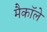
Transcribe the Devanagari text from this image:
मैकाॅले